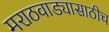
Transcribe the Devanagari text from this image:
मराठवाड्यासाठीच